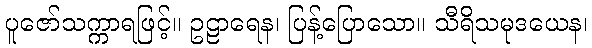
ပူဇော်သက္ကာရဖြင့်။ ဥဠာရေန၊ ပြန့်ပြောသော။ သီရိသမုဒယေန၊